Civil Veterinary Department. Central Provinces & Berar 1925-31 - 1925-1931
Year: 1925
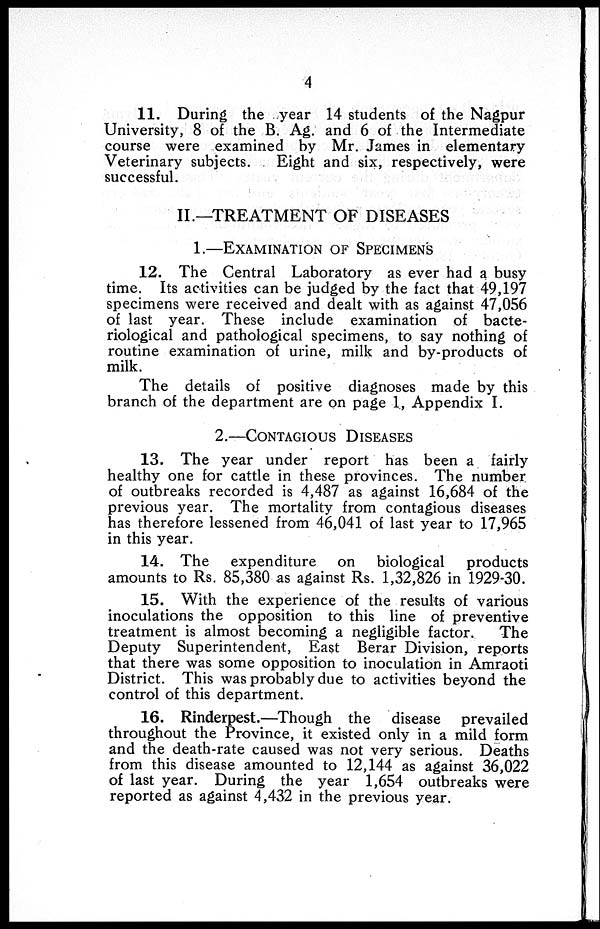
4
11. During the year 14 students of the Nagpur
University, 8 of the B. Ag. and 6 of the Intermediate
course were examined by Mr. James in elementary
Veterinary subjects.
Eight and six, respectively, were
successful.
II.—TREATMENT OF DISEASES
1.—EXAMINATION OF SPACIMENS
12. The Central Laboratory as ever had a busy
time. Its activities can be judged by the fact that 49,197
specimens were received and dealt with as against 47,056
of last year. These include examination of bacte-
riological and pathological specimens, to say nothing of
routine examination of urine, milk and by-products of
milk.
The details of positive diagnoses made by this
branch of the department are on page 1, Appendix I.
2.—CONTAGIOUS DISEASES
13. The year under report has been a fairly
healthy one for cattle in these provinces. The number
of outbreaks recorded is 4,487 as against 16,684 of the
previous year. The mortality from contagious diseases
has therefore lessened from 46,041 of last year to 17,965
in this year.
14. The expenditure on biological products
amounts to Rs. 85,380 as against Rs. 1,32,826 in 1929-30.
15. With the experience of the results of various
inoculations the opposition to this line of preventive
treatment is almost becoming a negligible factor.
The
Deputy Superintendent, East Berar Division, reports
that there was some opposition to inoculation in Amraoti
District. This was probably due to activities beyond the
control of this department.
16. Rinderpest.—Though the disease prevailed
throughout the Province, it existed only in a mild form
and the death-rate caused was not very serious. Deaths
from this disease amounted to 12,144 as against 36,022
of last year. During the year 1,654 outbreaks were
reported as against 4,432 in the previous year.